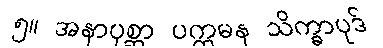
၅။ အနာပုစ္ဆာ ပက္ကမန သိက္ခာပုဒ်